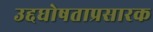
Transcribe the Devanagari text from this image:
उद्दघोषताप्रसारक